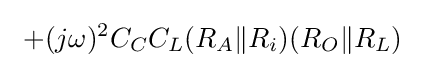
\ +(j\omega )^{2}C_{C}C_{L}(R_{A}\|R_{i})(R_{O}\|R_{L})\